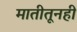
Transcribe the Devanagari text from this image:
मातीतूनही